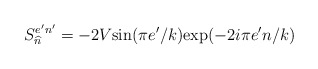
\begin{align*}S_{\widehat{n}}^{e'n'}=-2V\mbox{sin}(\pi e'/k)\mbox{exp}(-2i\pi e'n/k)\end{align*}